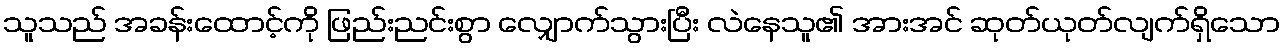
သူသည် အခန်းထောင့်ကို ဖြည်းညင်းစွာ လျှောက်သွားပြီး လဲနေသူ၏ အားအင် ဆုတ်ယုတ်လျက်ရှိသော